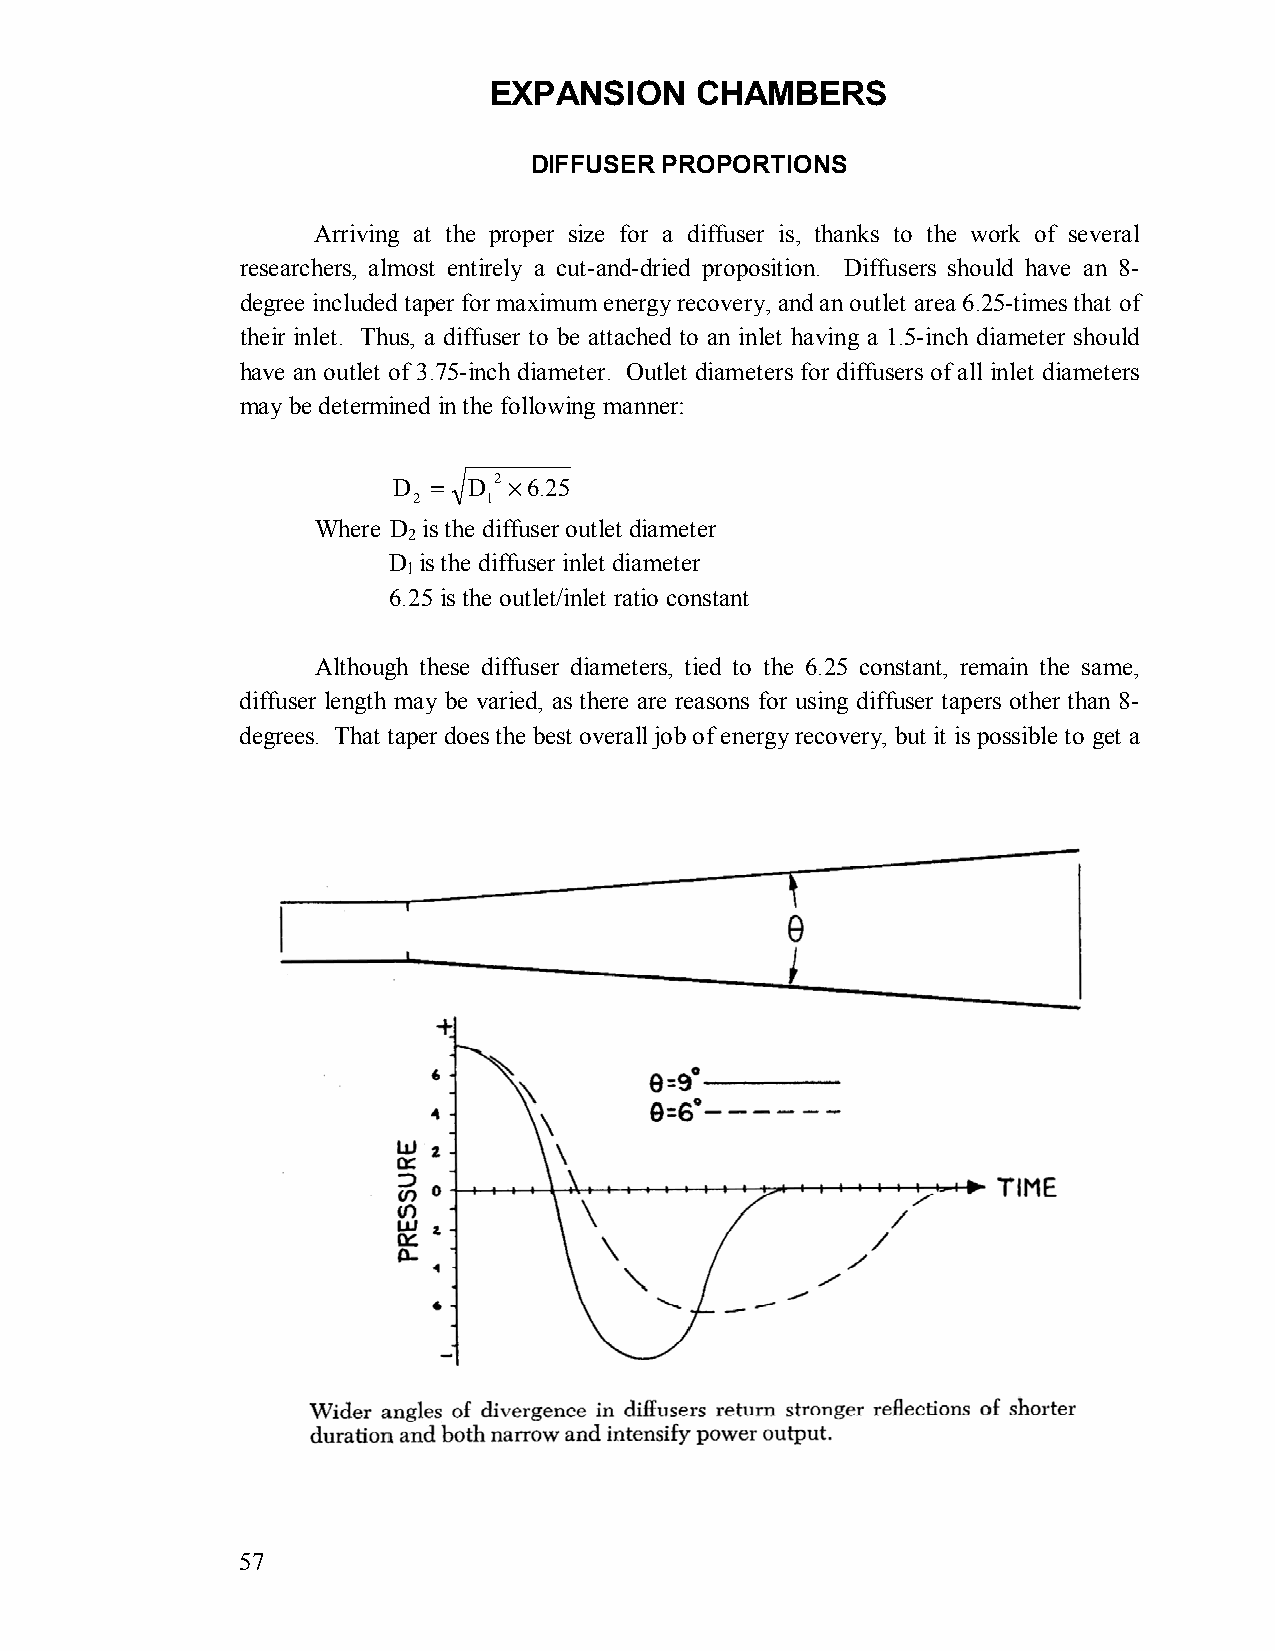
EXPANSION     CHAMBERS
 DIFFUSER PROPORTIONS
 Arriving at the proper size for a diffuser is, thanks to the work of several
 researchers, almost entirely a cut-and-dried proposition. Diffusers should have an 8-
 degree included taper for maximum energy recovery, and an outlet area 6.25-times that of
 their inlet. Thus, a diffuser to be attached to an inlet having a 1.5-inch diameter should
 have an outlet of 3.75-inch diameter. Outlet diameters for diffusers of all inlet diameters
 may be determined in the following manner:
 D  = D 2 × 6.25
 2    1
 Where D is the diffuser outlet diameter
 2
 D is the diffuser inlet diameter
 l
 6.25 is the outlet/inlet ratio constant
 Although these diffuser diameters, tied to the 6.25 constant, remain the same,
 diffuser length may be varied, as there are reasons for using diffuser tapers other than 8-
 degrees. That taper does the best overall job of energy recovery, but it is possible to get a
 57